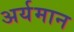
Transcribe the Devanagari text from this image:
अर्यमान